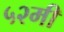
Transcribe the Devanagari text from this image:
५२मी